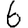
Digit: 6